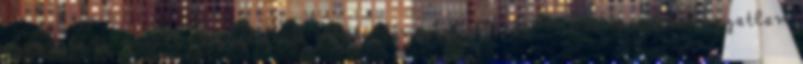
elvesztése miatt, nyugodtan élheti fényűző életét. Mindene adott, egyetlen